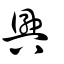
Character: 興